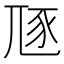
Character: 豗